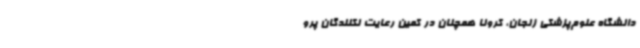
دانشگاه علوم‌پزشکی زنجان، کرونا همچنان در کمین رعایت نکنندگان پرو